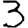
Digit: 3